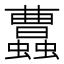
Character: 𧕐